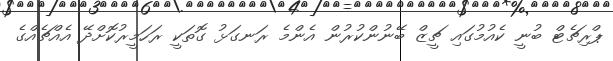
ޕްރިޗެޓް ބުނީ ކެއުމުގައި ޗީޒް ބޭނުންކުރުން އެންމެ ރަނގަޅު ގޮތަކީ ރަހަމީރުކޮށްދޭ އެއްޗެއްގެ